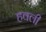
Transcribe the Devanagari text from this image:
हवली